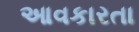
આવકારતા